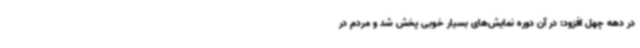
در دهه چهل افزود: در آن دوره نمایش‌های بسیار خوبی پخش شد و مردم در